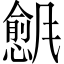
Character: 𬲇